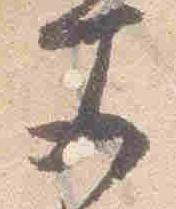
文